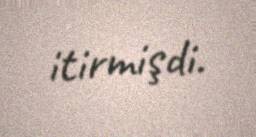
itirmişdi.